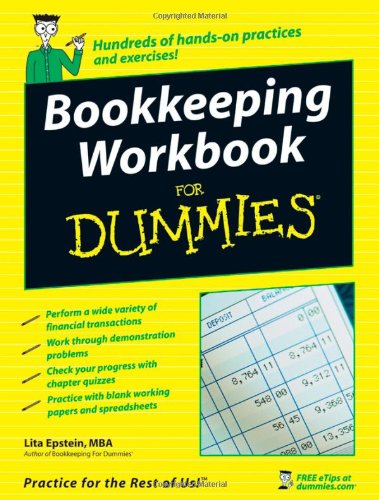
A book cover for Bookkeeping Workbook For Dummies; Lita Epstein; Business & Money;